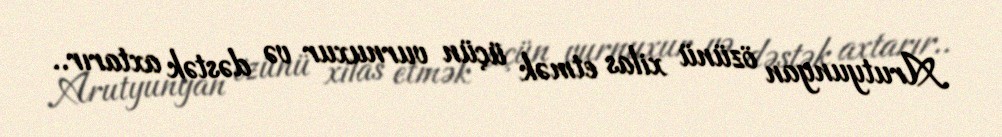
Arutyunyan özünü xilas etmək üçün vurnuxur və dəstək axtarır..